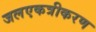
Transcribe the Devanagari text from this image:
जलएकत्रीकरण